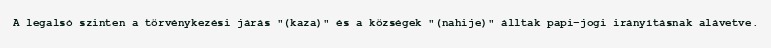
A legalsó szinten a törvénykezési járás "(kaza)" és a községek "(nahije)" álltak papi-jogi irányításnak alávetve.